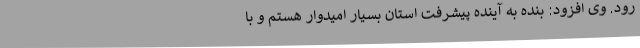
رود. وی افزود: بنده به آینده پیشرفت استان بسیار امیدوار هستم و با